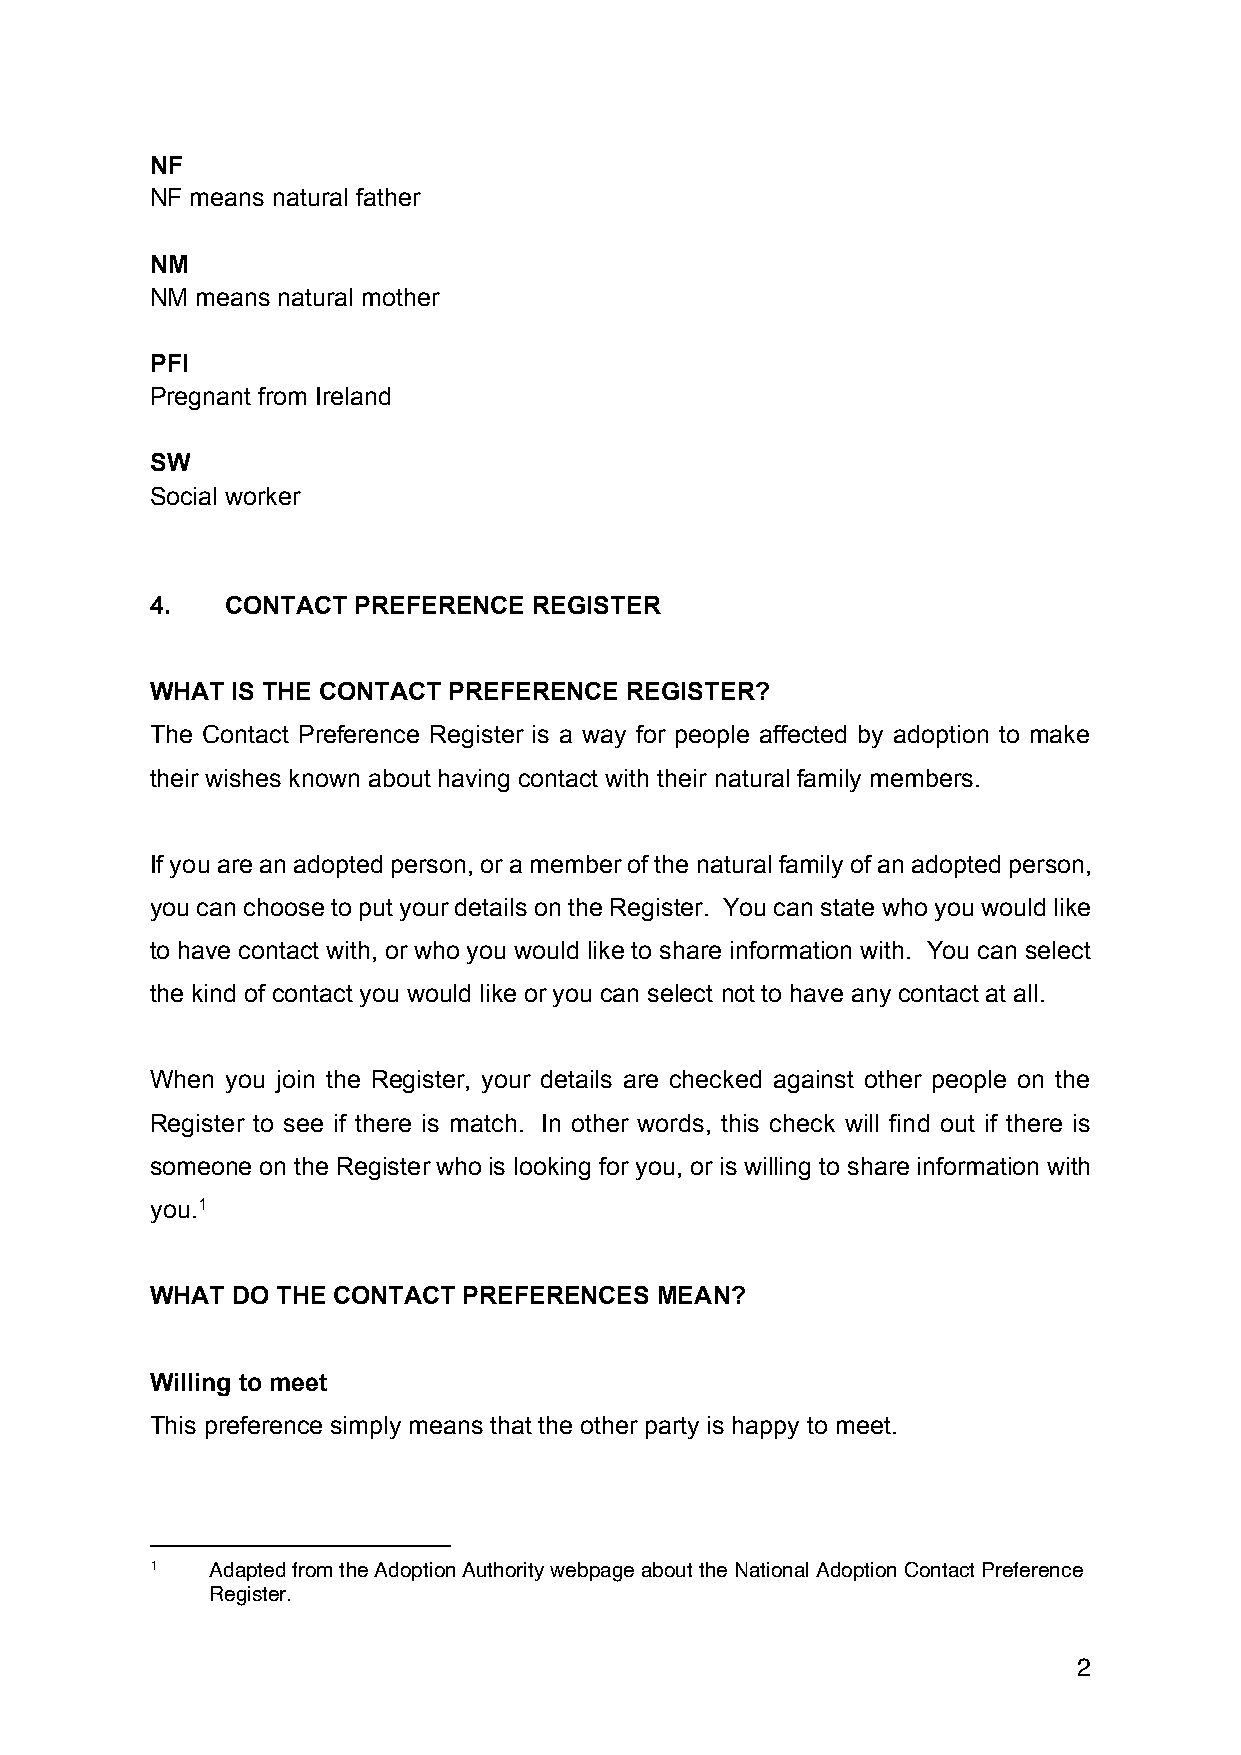
NF
 NF means natural father
 NM
 NM means natural mother
 PFI
 Pregnant from Ireland
 SW
 Social worker
 4.   CONTACT PREFERENCE  REGISTER
 WHAT IS THE CONTACT PREFERENCE REGISTER?
 The Contact Preference Register is a way for people affected by adoption to make
 their wishes known about having contact with their natural family members.
 If you are an adopted person, or a member of the natural family of an adopted person,
 you can choose to put your details on the Register. You can state who you would like
 to have contact with, or who you would like to share information with. You can select
 the kind of contact you would like or you can select not to have any contact at all.
 When you join the Register, your details are checked against other people on the
 Register to see if there is match. In other words, this check will find out if there is
 someone on the Register who is looking for you, or is willing to share information with
 you.1
 WHAT DO THE CONTACT  PREFERENCES MEAN?
 Willing to meet
 This preference simply means that the other party is happy to meet.
 1   Adapted from the Adoption Authority webpage about the National Adoption Contact Preference
 Register.
 2